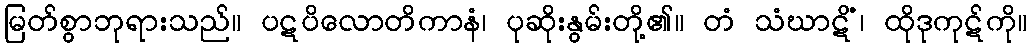
မြတ်စွာဘုရားသည်။ ပဋပိလောတိကာနံ၊ ပုဆိုးနွမ်းတို့၏။ တံ သံဃာဋိံ၊ ထိုဒုကုဋ်ကို။